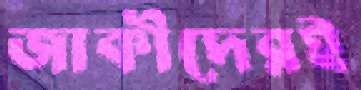
জাকীদেরই